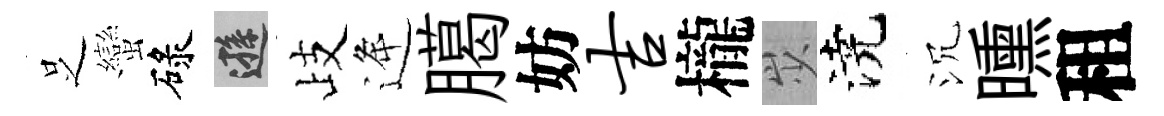
𠯁蠻碌遜歧逄臈妨吉櫳𡵯澆沉曛租